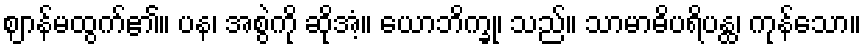
ဈာန်မထွက်၏။ ပန၊ အစွဲကို ဆိုအံ့။ ယောဘိက္ခု၊ သည်။ သာမာဓိပရိပန္ထ၊ ကုန်သော။